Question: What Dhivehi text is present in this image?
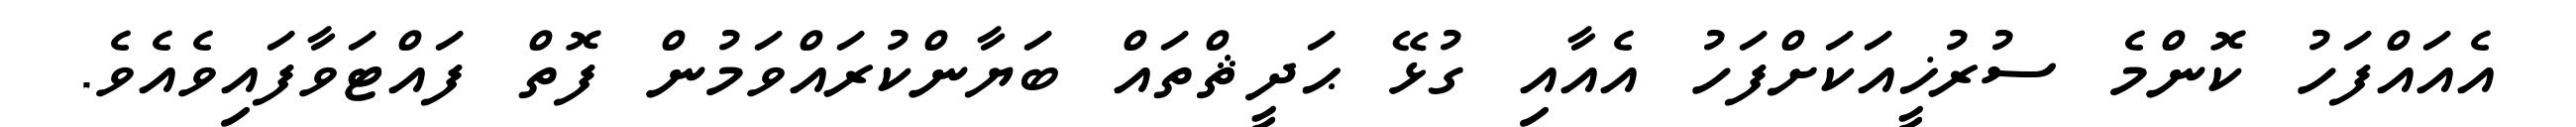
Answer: އެއައްފަހު ކޮންމެ ސުރުޚީއަކަށްފަހު އެއާއި ގުޅޭ ޙަދީޘްތައް ބަޔާންކުރައްވަމުން ފޮތް ފައްޓަވާފައިވެއެވެ.